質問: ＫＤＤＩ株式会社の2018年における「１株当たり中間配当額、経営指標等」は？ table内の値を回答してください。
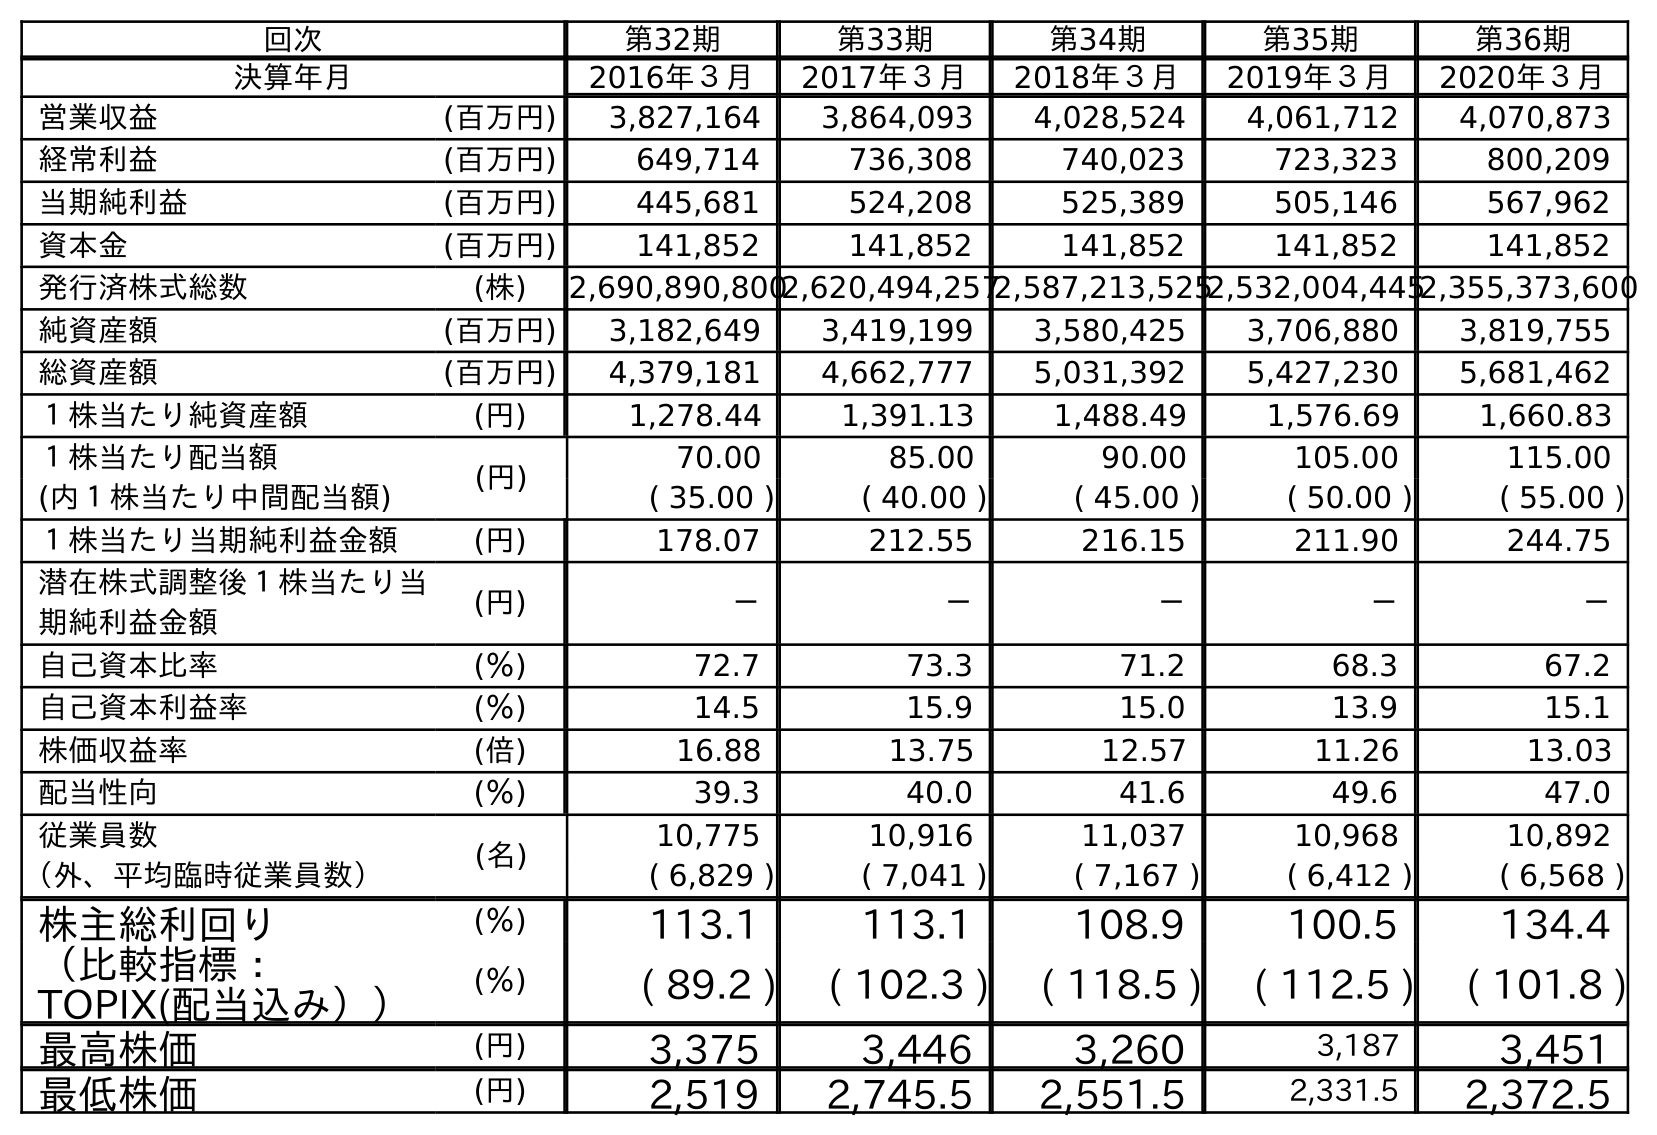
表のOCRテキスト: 回次 第32期 第33期 第34期 第35期 第36期 決算年月 2016年３月 2017年３月 2018年３月 2019年３月 2020年３月 営業収益 (百万円) 3,827,164 3,864,093 4,028,524 4,061,712 4,070,873 経常利益 (百万円) 649,714 736,308 740,023 723,323 800,209 当期純利益 (百万円) 445,681 524,208 525,389 505,146 567,962 資本金 (百万円) 141,852 141,852 141,852 141,852 141,852 発行済株式総数 (株) 2,690,890,8002,620,494,2572,587,213,5252,532,004,4452,355,373,600 純資産額 (百万円) 3,182,649 3,419,199 3,580,425 3,706,880 3,819,755 総資産額 (百万円) 4,379,181 4,662,777 5,031,392 5,427,230 5,681,462 １株当たり純資産額 (円) 1,278.44 1,391.13 1,488.49 1,576.69 1,660.83 １株当たり配当額 (円) 70.00 85.00 90.00 105.00 115.00 (内１株当たり中間配当額) ( 35.00 ) ( 40.00 ) ( 45.00 ) ( 50.00 ) ( 55.00 ) １株当たり当期純利益金額 (円) 178.07 212.55 216.15 211.90 244.75 潜在株式調整後１株当たり当 期純利益金額 (円) － － － － － 自己資本比率 (％) 72.7 73.3 71.2 68.3 67.2 自己資本利益率 (％) 14.5 15.9 15.0 13.9 15.1 株価収益率 (倍) 16.88 13.75 12.57 11.26 13.03 配当性向 (％) 39.3 40.0 41.6 49.6 47.0 従業員数 (名) 10,775 10,916 11,037 10,968 10,892 （外、平均臨時従業員数） ( 6,829 ) ( 7,041 ) ( 7,167 ) ( 6,412 ) ( 6,568 ) 株主総利回り (％) 113.1 113.1 108.9 100.5 134.4 （比較指標： TOPIX(配当込み）） (％) ( 89.2 ) ( 102.3 ) ( 118.5 ) ( 112.5 ) ( 101.8 ) 最高株価 (円) 3,375 3,446 3,260 3,187 3,451 最低株価 (円) 2,519 2,745.5 2,551.5 2,331.5 2,372.5
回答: (45.00)